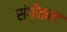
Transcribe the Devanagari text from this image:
संगीतनट